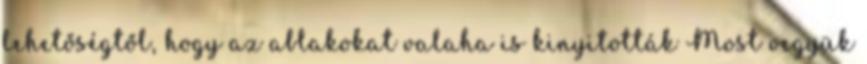
lehetőségtől, hogy az ablakokat valaha is kinyitották Most vegyük